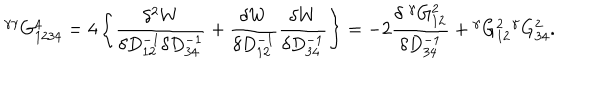
LaTeX: { } ^ { \gamma \gamma } G _ { 1 2 3 4 } ^ { 4 } = 4 \left\{ \frac { \delta ^ { 2 } W } { \delta D _ { 1 2 } ^ { - 1 } \delta D _ { 3 4 } ^ { - 1 } } + \frac { \delta W } { \delta D _ { 1 2 } ^ { - 1 } } \frac { \delta W } { \delta D _ { 3 4 } ^ { - 1 } } \right\} = - 2 \frac { \delta \; { } ^ { \gamma } G _ { 1 2 } ^ { 2 } } { \delta D _ { 3 4 } ^ { - 1 } } + { } ^ { \gamma } G _ { 1 2 } ^ { 2 } { } ^ { \gamma } G _ { 3 4 } ^ { 2 } .